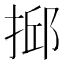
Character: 𢮼